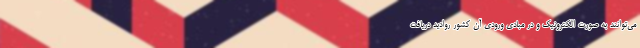
می‌توانند به صورت الکترونیک و در مبادی ورودی آن کشور روادید دریافت